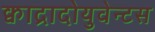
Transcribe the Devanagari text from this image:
क्वाद्रादोयुवेन्टस